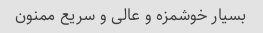
بسیار خوشمزه و عالی و سریع ممنون